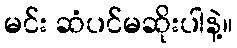
မင်း ဆံပင်မဆိုးပါနဲ့။